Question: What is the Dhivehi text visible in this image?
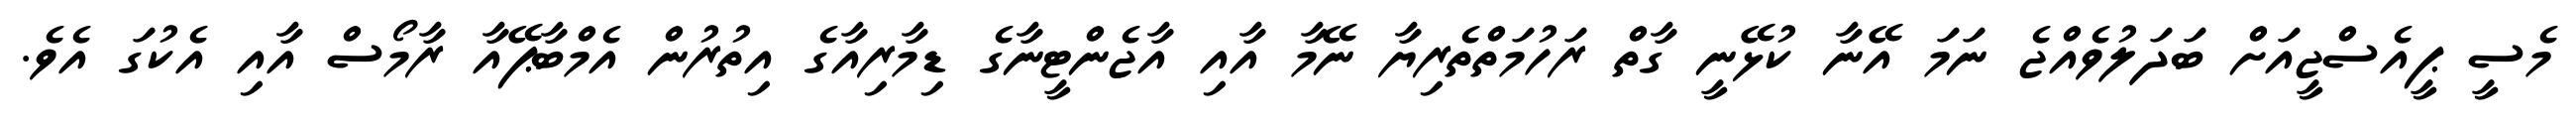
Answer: މެސީ ޕީއެސްޖީއަށް ބަދަލުވެއްޖެ ނަމަ އޭނާ ކުޅޭނީ ގާތް ރަހުމަތްތެރިޔާ ނޭމާ އާއި އާޖެންޓީނާގެ ޑިމާރިއާގެ އިތުރުން އެމްބާޕޭއާ ރާމޯސް އާއި އެކުގަ އެވެ.